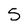
Character: 5